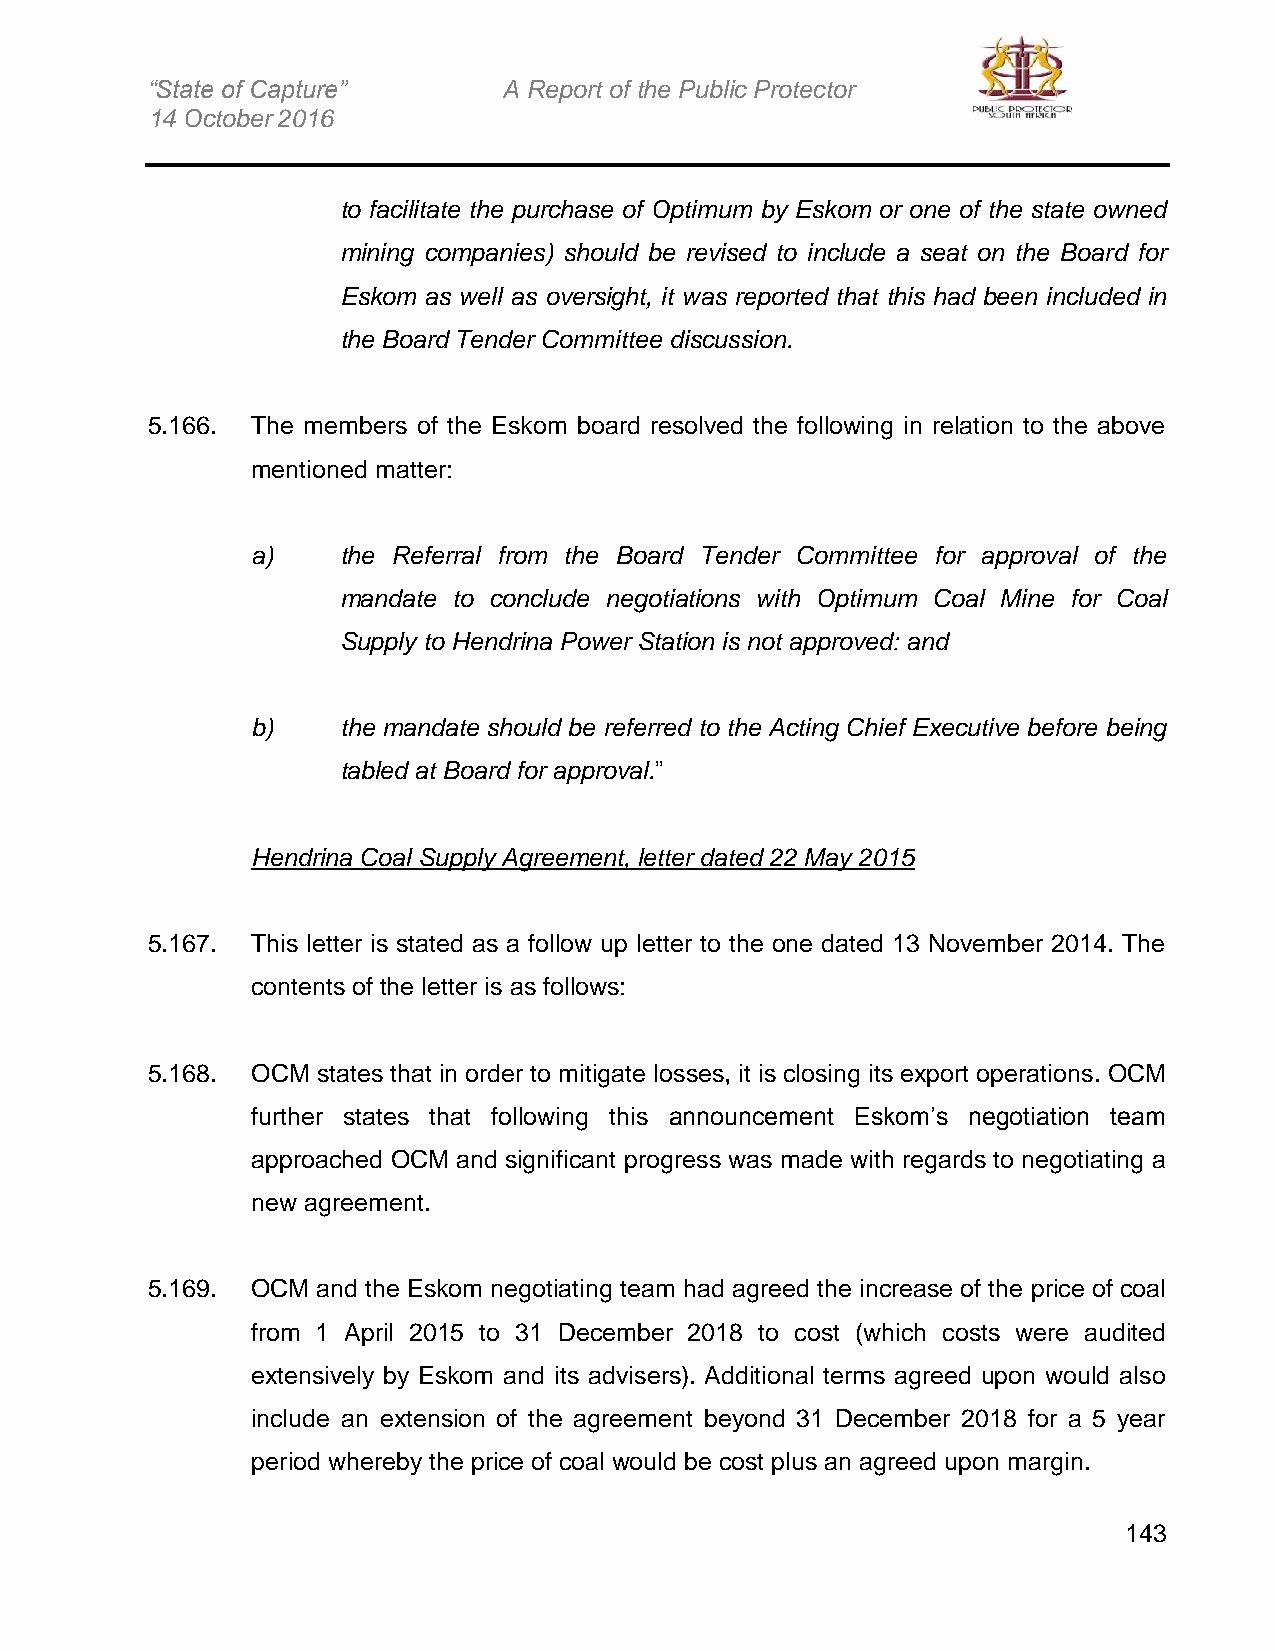
“State of Capture”     A Report of the Public Protector
 14 October 2016
 to facilitate the purchase of Optimum by Eskom or one of the state owned
 mining companies) should be revised to include a seat on the Board for
 Eskom as well as oversight, it was reported that this had been included in
 the Board Tender Committee discussion.
 5.166. The members of the Eskom board resolved the following in relation to the above
 mentioned matter:
 a)   the Referral from the Board Tender Committee for approval of the
 mandate to conclude negotiations with Optimum Coal Mine for Coal
 Supply to Hendrina Power Station is not approved: and
 b)   the mandate should be referred to the Acting Chief Executive before being
 tabled at Board for approval.”
 Hendrina Coal Supply Agreement, letter dated 22 May 2015
 5.167. This letter is stated as a follow up letter to the one dated 13 November 2014. The
 contents of the letter is as follows:
 5.168. OCM states that in order to mitigate losses, it is closing its export operations. OCM
 further states that following this announcement Eskom’s negotiation team
 approached OCM and significant progress was made with regards to negotiating a
 new agreement.
 5.169. OCM and the Eskom negotiating team had agreed the increase of the price of coal
 from 1 April 2015 to 31 December 2018 to cost (which costs were audited
 extensively by Eskom and its advisers). Additional terms agreed upon would also
 include an extension of the agreement beyond 31 December 2018 for a 5 year
 period whereby the price of coal would be cost plus an agreed upon margin.
 143